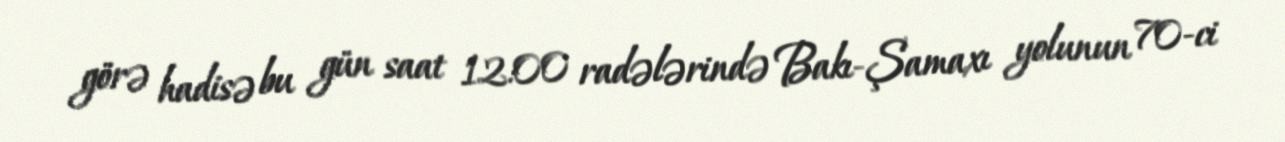
görə hadisə bu gün saat 12:00 radələrində Bakı-Şamaxı yolunun 70-ci